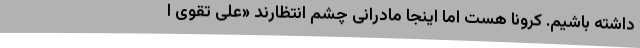
داشته باشیم. کرونا هست اما اینجا مادرانی چشم انتظارند «علی تقوی ا